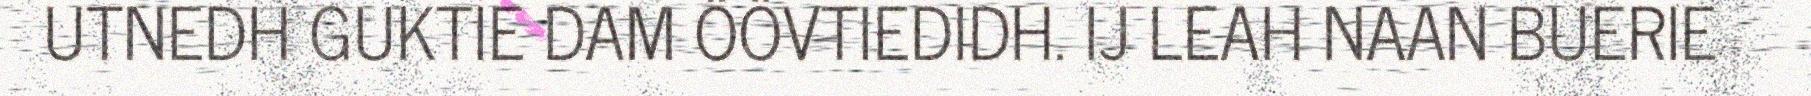
UTNEDH GUKTIE DAM ÖÖVTIEDIDH. IJ LEAH NAAN BUERIE